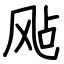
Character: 飐